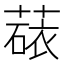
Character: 𬝻